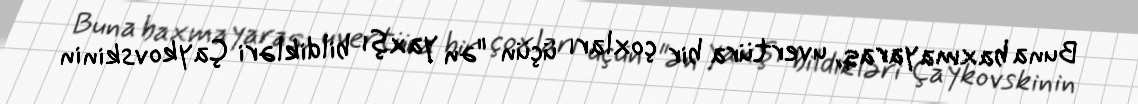
Buna baxmayaraq, uvertüra bir çoxları üçün "ən yaxşı bildikləri Çaykovskinin